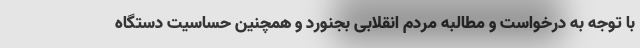
با توجه به درخواست و مطالبه مردم انقلابی بجنورد و همچنین حساسیت دستگاه